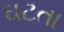
ઘટતા